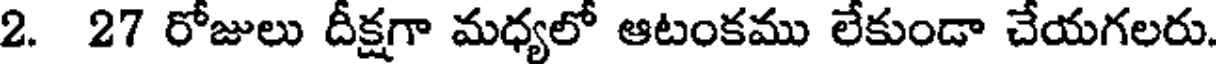
2. 27 రోజులు దీక్షగా మధ్యలో ఆటంకము లేకుండా చేయగలరు.